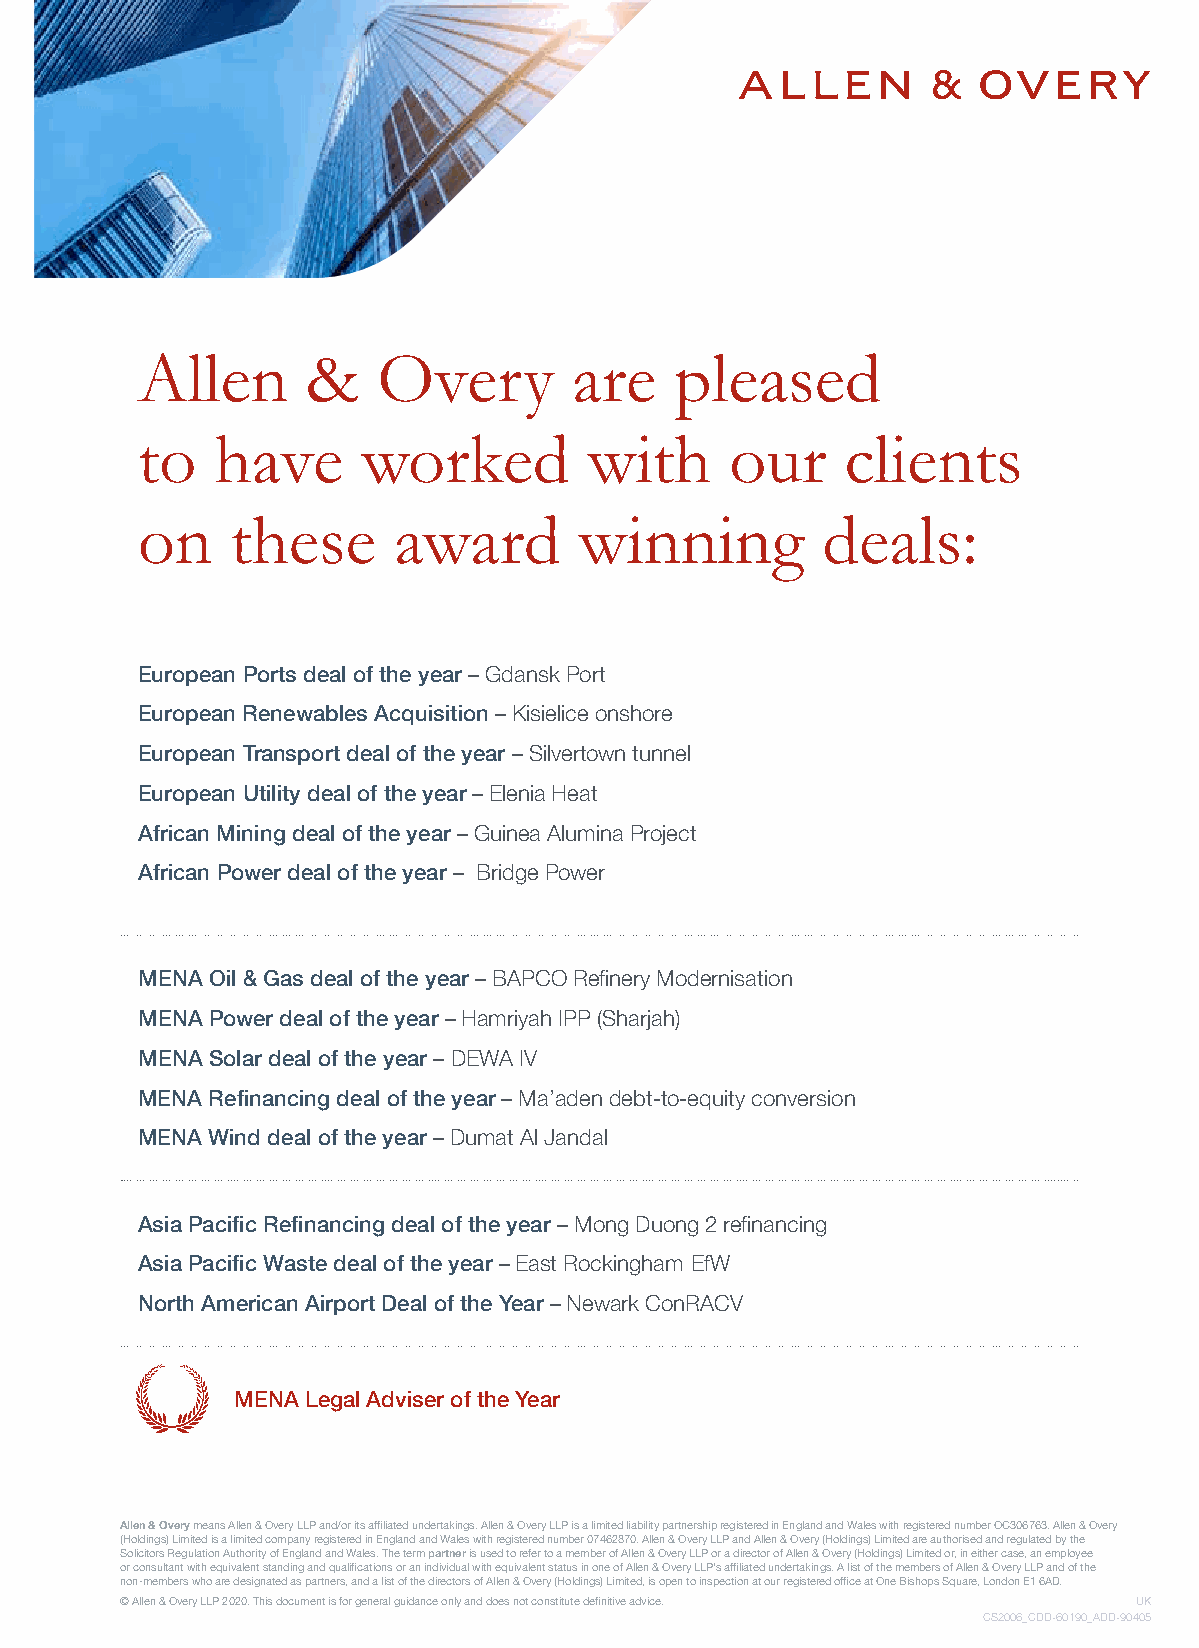
Allen      &    Overy        are    pleased
 to   have      worked         with     our     clients
 on    these      award       winning         deals:
 European Ports deal of the year – Gdansk Port
 European Renewables Acquisition – Kisielice onshore
 European Transport deal of the year – Silvertown tunnel
 European Utility deal of the year – Elenia Heat
 African Mining deal of the year – Guinea Alumina Project
 African Power deal of the year – Bridge Power
 MENA Oil & Gas deal of the year – BAPCO Refinery Modernisation
 MENA Power deal of the year – Hamriyah IPP (Sharjah)
 MENA Solar deal of the year – DEWA IV
 MENA Refinancing deal of the year – Ma’aden debt-to-equity conversion
 MENA Wind deal of the year – Dumat Al Jandal
 Asia Pacific Refinancing deal of the year – Mong Duong 2 refinancing
 Asia Pacific Waste deal of the year – East Rockingham EfW
 North American Airport Deal of the Year – Newark ConRACV
 MENA Legal Adviser of the Year
 Allen & Overy means Allen & Overy LLP and/or its affiliated undertakings. Allen & Overy LLP is a limited liability partnership registered in England and Wales with registered number OC306763. Allen & Overy
 (Holdings) Limited is a limited company registered in England and Wales with registered number 07462870. Allen & Overy LLP and Allen & Overy (Holdings) Limited are authorised and regulated by the
 Solicitors Regulation Authority of England and Wales. The term partner is used to refer to a member of Allen & Overy LLP or a director of Allen & Overy (Holdings) Limited or, in either case, an employee
 or consultant with equivalent standing and qualifications or an individual with equivalent status in one of Allen & Overy LLP’s affiliated undertakings. A list of the members of Allen & Overy LLP and of the
 non-members who are designated as partners, and a list of the directors of Allen & Overy (Holdings) Limited, is open to inspection at our registered office at One Bishops Square, London E1 6AD.
 © Allen & Overy LLP 2020. This document is for general guidance only and does not constitute definitive advice. UK
 CS2006_CDD-60190_ADD-90405
 allenovery.com